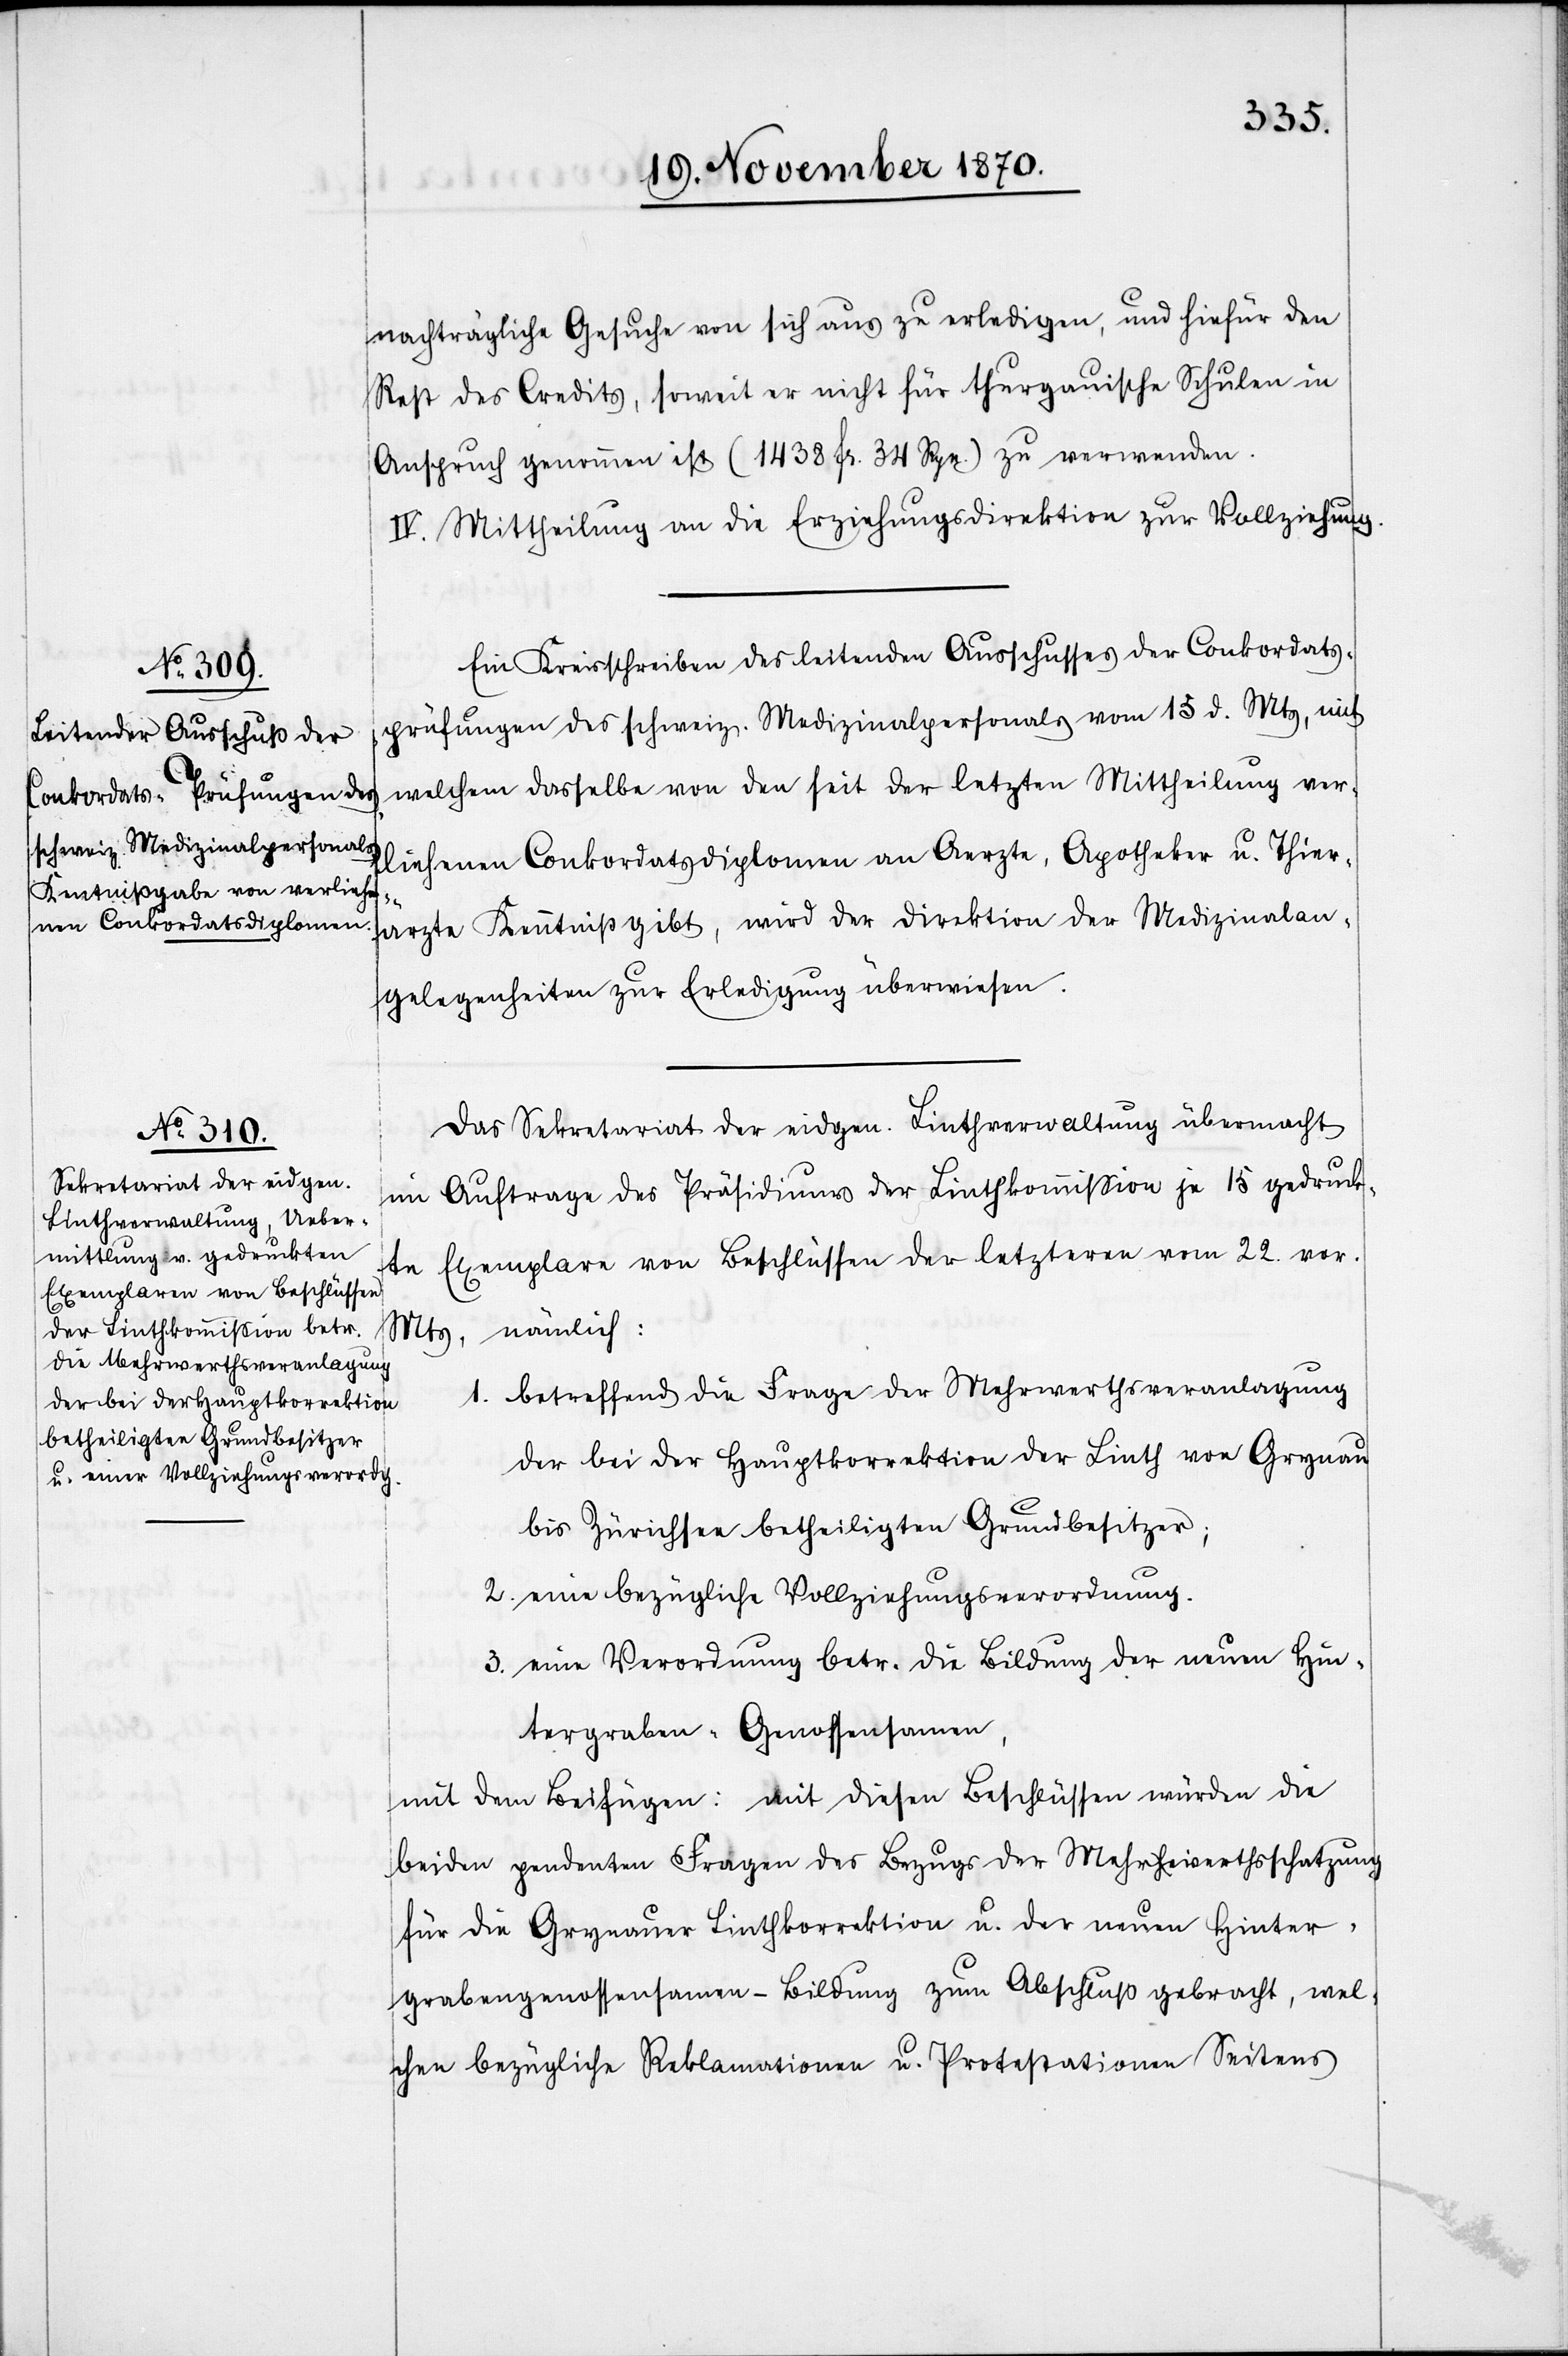
nachträgliche Gesuche von sich aus zu erledigen, und hiefür den
Rest des Credits, soweit er nicht für thurgauische Schulen in
Anspruch genommen ist (1438 Fr. 34 Rpn.) zu verwenden.
IV. Mittheilung an die Erziehungsdirektion zur Vollziehung.
Ein Kreisschreiben des leitenden Ausschusses der Conkordats¬
prüfungen des schweiz. Medizinalpersonals vom 15 d. Mts, mit
welchem dasselbe von den seit der letzten Mittheilung ver¬
liehenen Conkordatsdiplomen an Aerzte, Apotheker u. Thier¬
ärzte Kenntniß gibt, wird der Direktion der Medizinalan¬
gelegenheiten zur Erledigung überwiesen.
Das Sekretatiat der eidgen. Linthverwaltung übermacht
im Auftrage des Präsidiums der Linthkommißion je 15 gedruck¬
te Exemplare von Beschlüssen des letzteren vom 22. vor.
Mts., nämlich:
betreffend die Frage der Mehrwerthsveranlagung
1.
der bei der Hauptkorrektion der Linth von Grynau
bis Zürichsee betheiligten Grundbesitzer;
2. eine bezügliche Vollziehungsverordnung.
3. eine Verordnung betr. die Bildung der neuen Hun¬
tergraben-Genossensamen,
mit dem Beifügen: mit diesen Beschlüssen würden die
beiden pendenten Fragen des Bezugs der Mehrwerthsschatzung
für die Grynauer Linthkorrektion u. der neuen Hinter¬
grabengenossensamen-Bildung zum Abschluß gebracht, wel¬
che bezügliche Reklamationen u. Protestationen Seitens